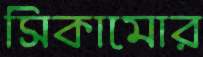
সিকামোর